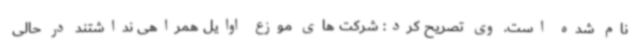
نام شده است. وی تصریح کرد: شرکت های موزع اوایل همراهی نداشتند در حالی